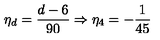
\eta _ { d } = \frac { d - 6 } { 9 0 } \Rightarrow \eta _ { 4 } = - \frac { 1 } { 4 5 }